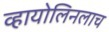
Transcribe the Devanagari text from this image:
व्हायोलिनलाच